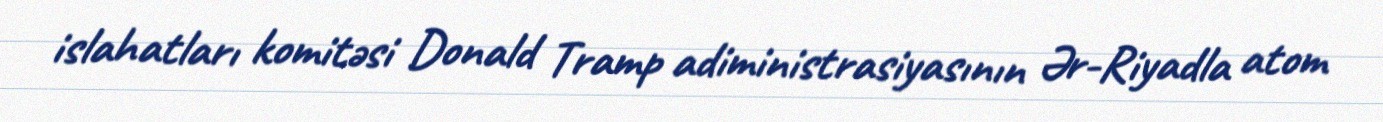
islahatları komitəsi Donald Tramp adiministrasiyasının Ər-Riyadla atom